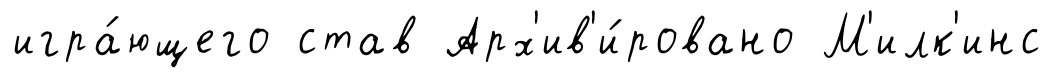
игра́ющего став Арх'ив'и́ровано М'илк'инс